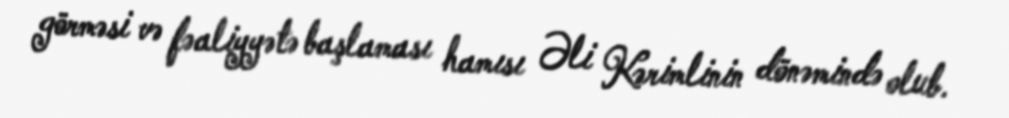
görməsi və fəaliyyətə başlaması hamısı Əli Kərimlinin dönəmində olub.